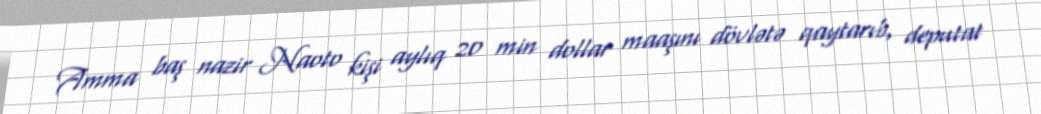
Amma baş nazir Naoto kişi aylıq 20 min dollar maaşını dövlətə qaytarıb, deputat